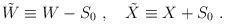
LaTeX: \begin{align*}{\tilde{W}}\equiv W-S_0 ~,\quad {\tilde{X}} \equiv X+S_0 ~.\end{align*}